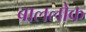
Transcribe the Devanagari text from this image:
बाललोक